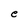
Character: e